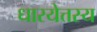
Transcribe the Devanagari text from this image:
धारयेत्तस्य